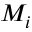
M _ { i }